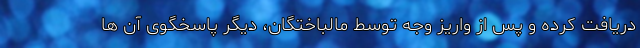
دریافت کرده و پس از واریز وجه توسط مالباختگان، دیگر پاسخگوی آن ها